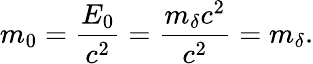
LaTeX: m_{0}=\frac{E_{0}}{c^{2}}=\frac{m_{\delta}c^{2}}{c^{2}}=m_{\delta}.